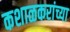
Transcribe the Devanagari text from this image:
कशाळकरांच्या